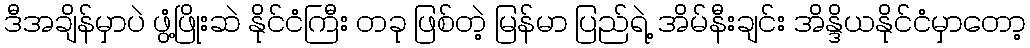
ဒီအချိန်မှာပဲ ဖွံ့ဖြိုးဆဲ နိုင်ငံကြီး တခု ဖြစ်တဲ့ မြန်မာ ပြည်ရဲ့ အိမ်နီးချင်း အိန္ဒိယနိုင်ငံမှာတော့